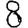
Digit: 8